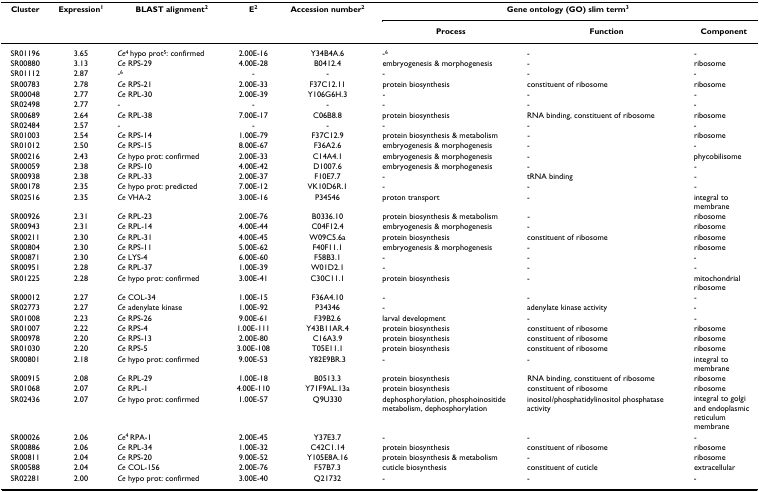
<table><thead><tr><td><b>Cluster</b></td><td><b>Expression<sup>1</sup></b></td><td><b>BLAST alignment<sup>2</sup></b></td><td><b>E<sup>2</sup></b></td><td><b>Accession number<sup>2</sup></b></td><td colspan="3"><b>Gene ontology (GO) slim term<sup>3</sup></b></td></tr><tr><td></td><td></td><td></td><td></td><td></td><td><b>Process</b></td><td><b>Function</b></td><td><b>Component</b></td></tr></thead><tbody><tr><td>SR01196</td><td>3.65</td><td><i>Ce</i><sup>4 </sup>hypo prot<sup>5</sup>: confirmed</td><td>2.00E-16</td><td>Y34B4A.6</td><td>-<sup>6</sup></td><td>-</td><td>-</td></tr><tr><td>SR00880</td><td>3.13</td><td><i>Ce </i>RPS-29</td><td>4.00E-28</td><td>B0412.4</td><td>embryogenesis &amp; morphogenesis</td><td>-</td><td>ribosome</td></tr><tr><td>SR01112</td><td>2.87</td><td>-<sup>6</sup></td><td>-</td><td>-</td><td>-</td><td>-</td><td>-</td></tr><tr><td>SR00783</td><td>2.78</td><td><i>Ce </i>RPS-21</td><td>2.00E-33</td><td>F37C12.11</td><td>protein biosynthesis</td><td>constituent of ribosome</td><td>ribosome</td></tr><tr><td>SR00048</td><td>2.77</td><td><i>Ce </i>RPL-30</td><td>2.00E-39</td><td>Y106G6H.3</td><td>-</td><td>-</td><td>-</td></tr><tr><td>SR02498</td><td>2.77</td><td>-</td><td>-</td><td>-</td><td>-</td><td>-</td><td>-</td></tr><tr><td>SR00689</td><td>2.64</td><td><i>Ce </i>RPL-38</td><td>7.00E-17</td><td>C06B8.8</td><td>protein biosynthesis</td><td>RNA binding, constituent of ribosome</td><td>ribosome</td></tr><tr><td>SR02484</td><td>2.57</td><td>-</td><td>-</td><td>-</td><td>-</td><td>-</td><td>-</td></tr><tr><td>SR01003</td><td>2.54</td><td><i>Ce </i>RPS-14</td><td>1.00E-79</td><td>F37C12.9</td><td>protein biosynthesis &amp; metabolism</td><td>-</td><td>ribosome</td></tr><tr><td>SR01012</td><td>2.50</td><td><i>Ce </i>RPS-15</td><td>8.00E-67</td><td>F36A2.6</td><td>embryogenesis &amp; morphogenesis</td><td>-</td><td>-</td></tr><tr><td>SR00216</td><td>2.43</td><td><i>Ce </i>hypo prot: confirmed</td><td>2.00E-33</td><td>C14A4.1</td><td>embryogenesis &amp; morphogenesis</td><td>-</td><td>phycobilisome</td></tr><tr><td>SR00059</td><td>2.38</td><td><i>Ce </i>RPS-10</td><td>4.00E-42</td><td>D1007.6</td><td>embryogenesis &amp; morphogenesis</td><td>-</td><td>-</td></tr><tr><td>SR00938</td><td>2.38</td><td><i>Ce </i>RPL-33</td><td>2.00E-37</td><td>F10E7.7</td><td>-</td><td>tRNA binding</td><td>-</td></tr><tr><td>SR00178</td><td>2.35</td><td><i>Ce </i>hypo prot: predicted</td><td>7.00E-12</td><td>VK10D6R.1</td><td>-</td><td>-</td><td>-</td></tr><tr><td>SR02516</td><td>2.35</td><td><i>Ce </i>VHA-2</td><td>3.00E-16</td><td>P34546</td><td>proton transport</td><td>-</td><td>integral to membrane</td></tr><tr><td>SR00926</td><td>2.31</td><td><i>Ce </i>RPL-23</td><td>2.00E-76</td><td>B0336.10</td><td>protein biosynthesis &amp; metabolism</td><td>-</td><td>ribosome</td></tr><tr><td>SR00943</td><td>2.31</td><td><i>Ce </i>RPL-14</td><td>4.00E-44</td><td>C04F12.4</td><td>embryogenesis &amp; morphogenesis</td><td>-</td><td>ribosome</td></tr><tr><td>SR00211</td><td>2.30</td><td><i>Ce </i>RPL-31</td><td>4.00E-45</td><td>W09C5.6a</td><td>protein biosynthesis</td><td>constituent of ribosome</td><td>ribosome</td></tr><tr><td>SR00804</td><td>2.30</td><td><i>Ce </i>RPS-11</td><td>5.00E-62</td><td>F40F11.1</td><td>embryogenesis &amp; morphogenesis</td><td>-</td><td>ribosome</td></tr><tr><td>SR00871</td><td>2.30</td><td><i>Ce </i>LYS-4</td><td>6.00E-60</td><td>F58B3.1</td><td>-</td><td>-</td><td>-</td></tr><tr><td>SR00951</td><td>2.28</td><td><i>Ce </i>RPL-37</td><td>1.00E-39</td><td>W01D2.1</td><td>-</td><td>-</td><td>-</td></tr><tr><td>SR01225</td><td>2.28</td><td><i>Ce </i>hypo prot: confirmed</td><td>3.00E-41</td><td>C30C11.1</td><td>protein biosynthesis</td><td>-</td><td>mitochondrial ribosome</td></tr><tr><td>SR00012</td><td>2.27</td><td><i>Ce </i>COL-34</td><td>1.00E-15</td><td>F36A4.10</td><td>-</td><td>-</td><td>-</td></tr><tr><td>SR02773</td><td>2.27</td><td><i>Ce </i>adenylate kinase</td><td>1.00E-92</td><td>P34346</td><td>-</td><td>adenylate kinase activity</td><td>-</td></tr><tr><td>SR01008</td><td>2.23</td><td><i>Ce </i>RPS-26</td><td>9.00E-61</td><td>F39B2.6</td><td>larval development</td><td>-</td><td>-</td></tr><tr><td>SR01007</td><td>2.22</td><td><i>Ce </i>RPS-4</td><td>1.00E-111</td><td>Y43B11AR.4</td><td>protein biosynthesis</td><td>constituent of ribosome</td><td>ribosome</td></tr><tr><td>SR00978</td><td>2.20</td><td><i>Ce </i>RPS-13</td><td>2.00E-80</td><td>C16A3.9</td><td>protein biosynthesis</td><td>constituent of ribosome</td><td>ribosome</td></tr><tr><td>SR01030</td><td>2.20</td><td><i>Ce </i>RPS-5</td><td>3.00E-108</td><td>T05E11.1</td><td>protein biosynthesis</td><td>constituent of ribosome</td><td>ribosome</td></tr><tr><td>SR00801</td><td>2.18</td><td><i>Ce </i>hypo prot: confirmed</td><td>9.00E-53</td><td>Y82E9BR.3</td><td>-</td><td>-</td><td>integral to membrane</td></tr><tr><td>SR00915</td><td>2.08</td><td><i>Ce </i>RPL-29</td><td>1.00E-18</td><td>B0513.3</td><td>protein biosynthesis</td><td>RNA binding, constituent of ribosome</td><td>ribosome</td></tr><tr><td>SR01068</td><td>2.07</td><td><i>Ce </i>RPL-1</td><td>4.00E-110</td><td>Y71F9AL.13a</td><td>protein biosynthesis</td><td>constituent of ribosome</td><td>ribosome</td></tr><tr><td>SR02436</td><td>2.07</td><td><i>Ce </i>hypo prot: confirmed</td><td>1.00E-57</td><td>Q9U330</td><td>dephosphorylation, phosphoinositide metabolism, dephosphorylation</td><td>inositol/phosphatidylinositol phosphatase activity</td><td>integral to golgi and endoplasmic reticulum membrane</td></tr><tr><td>SR00026</td><td>2.06</td><td><i>Ce</i><sup>4 </sup>RPA-1</td><td>2.00E-45</td><td>Y37E3.7</td><td>-</td><td>-</td><td>-</td></tr><tr><td>SR00886</td><td>2.06</td><td><i>Ce </i>RPL-34</td><td>1.00E-32</td><td>C42C1.14</td><td>protein biosynthesis</td><td>constituent of ribosome</td><td>ribosome</td></tr><tr><td>SR00811</td><td>2.04</td><td><i>Ce </i>RPS-20</td><td>9.00E-52</td><td>Y105E8A.16</td><td>protein biosynthesis &amp; metabolism</td><td>-</td><td>ribosome</td></tr><tr><td>SR00588</td><td>2.04</td><td><i>Ce </i>COL-156</td><td>2.00E-76</td><td>F57B7.3</td><td>cuticle biosynthesis</td><td>constituent of cuticle</td><td>extracellular</td></tr><tr><td>SR02281</td><td>2.00</td><td><i>Ce </i>hypo prot: confirmed</td><td>3.00E-40</td><td>Q21732</td><td>-</td><td>-</td><td>-</td></tr></tbody></table>